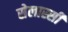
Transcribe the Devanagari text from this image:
सेलास्सी